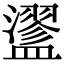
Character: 䀊